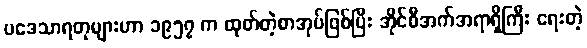
ပဒေသာရတုများဟာ ၁၉၅၇ က ထုတ်တဲ့စာအုပ်ဖြစ်ပြီး အိုင်စီအက်အရာရှိကြီး ရေးတဲ့